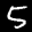
Digit: 5